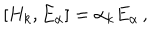
LaTeX: \left[ H _ { k } , E _ { \alpha } \right] = \alpha _ { k } E _ { \alpha } \, ,